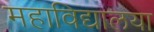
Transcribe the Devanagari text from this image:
महाविद्यालया